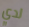
لدي